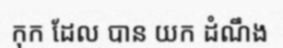
កុក ដែល បាន យក ដំណឹង